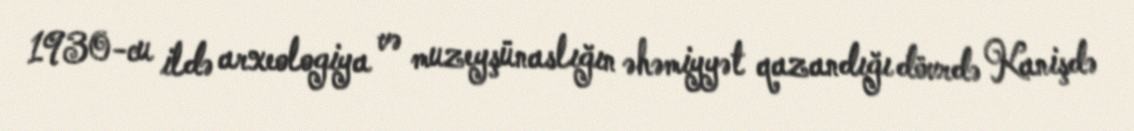
1930-cu ildə arxeologiya və muzeyşünaslığın əhəmiyyət qazandığı dövrdə Kanişdə